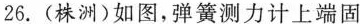
26.（株洲）如图，弹簧测力计上端固